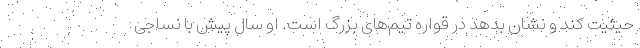
حیثیت کند و نشان بدهد در قواره تیم‌های بزرگ است. او سال پیش با نساجی